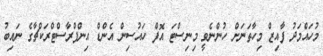
މުހައްމަދު ފާއިޒް މިހާތަނަށް ހުންނެވީ މިނިސްޓަ އޮފް ހައުސިން އެންޑް އިންފްރާސްޓްރަކްޗާގެ ނައިބު